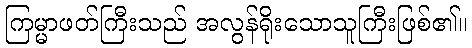
ကြမ္မာဖတ်ကြီးသည် အလွန်ရိုးသောသူကြီးဖြစ်၏။